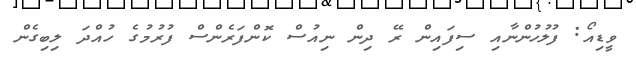
ވީޑިއޯ: ފުލުހުންނާއި ސިފައިން ރޭ ދިން ނިއުސް ކޮންފަރެންސް ފުރުމުގެ ހުއްދަ ލިބިގެން